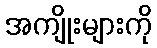
အကျိုးများကို